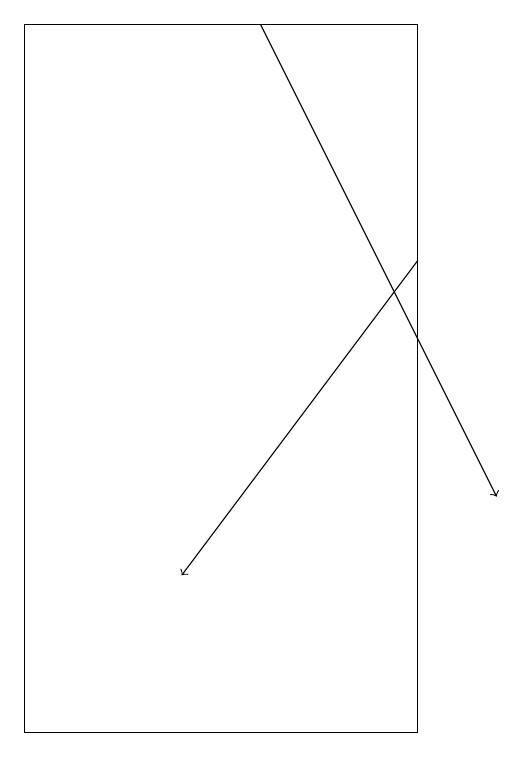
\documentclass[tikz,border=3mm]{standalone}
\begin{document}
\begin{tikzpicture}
\draw[->] (4,19) -- (7,13);
\draw (6,19) rectangle (1,10);
\draw[->] (6,16) -- (3,12);
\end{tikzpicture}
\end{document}